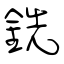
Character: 銑